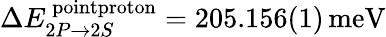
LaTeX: \Delta E_{2P\rightarrow 2S}^{\, \textrm{pointproton}}=205.156(1)\, \textrm{meV}